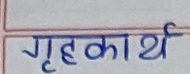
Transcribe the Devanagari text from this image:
गृहकार्य